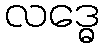
လဒ္ဓေ